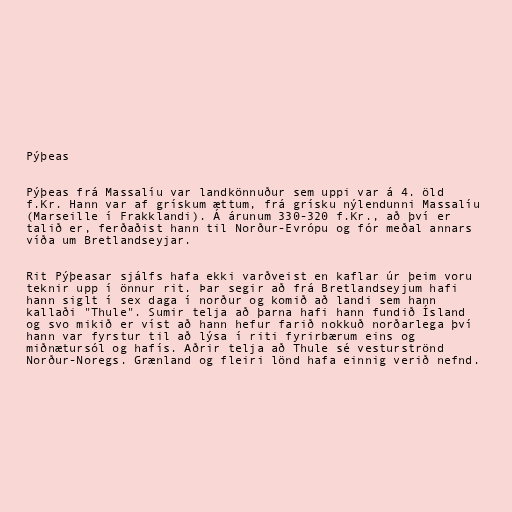
Pýþeas

Pýþeas frá Massalíu var landkönnuður sem uppi var á 4. öld
f.Kr. Hann var af grískum ættum, frá grísku nýlendunni Massalíu
(Marseille í Frakklandi). Á árunum 330-320 f.Kr., að því er
talið er, ferðaðist hann til Norður-Evrópu og fór meðal annars
víða um Bretlandseyjar.

Rit Pýþeasar sjálfs hafa ekki varðveist en kaflar úr þeim voru
teknir upp í önnur rit. Þar segir að frá Bretlandseyjum hafi
hann siglt í sex daga í norður og komið að landi sem hann
kallaði "Thule". Sumir telja að þarna hafi hann fundið Ísland
og svo mikið er víst að hann hefur farið nokkuð norðarlega því
hann var fyrstur til að lýsa í riti fyrirbærum eins og
miðnætursól og hafís. Aðrir telja að Thule sé vesturströnd
Norður-Noregs. Grænland og fleiri lönd hafa einnig verið nefnd.